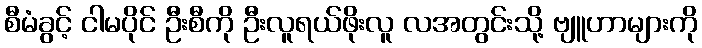
စီမံခွင့် ငါမပိုင် ဦးစီကို ဦးလူရယ်ဖိုးလူ လအတွင်းသို့ ဗျူဟာများကို